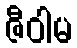
ဇီဝါမ